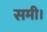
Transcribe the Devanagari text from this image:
समी।